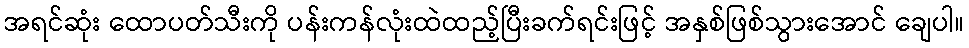
အရင်ဆုံး ထောပတ်သီးကို ပန်းကန်လုံးထဲထည့်ပြီးခက်ရင်းဖြင့် အနှစ်ဖြစ်သွားအောင် ချေပါ။